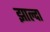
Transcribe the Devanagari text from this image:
झाल्दा